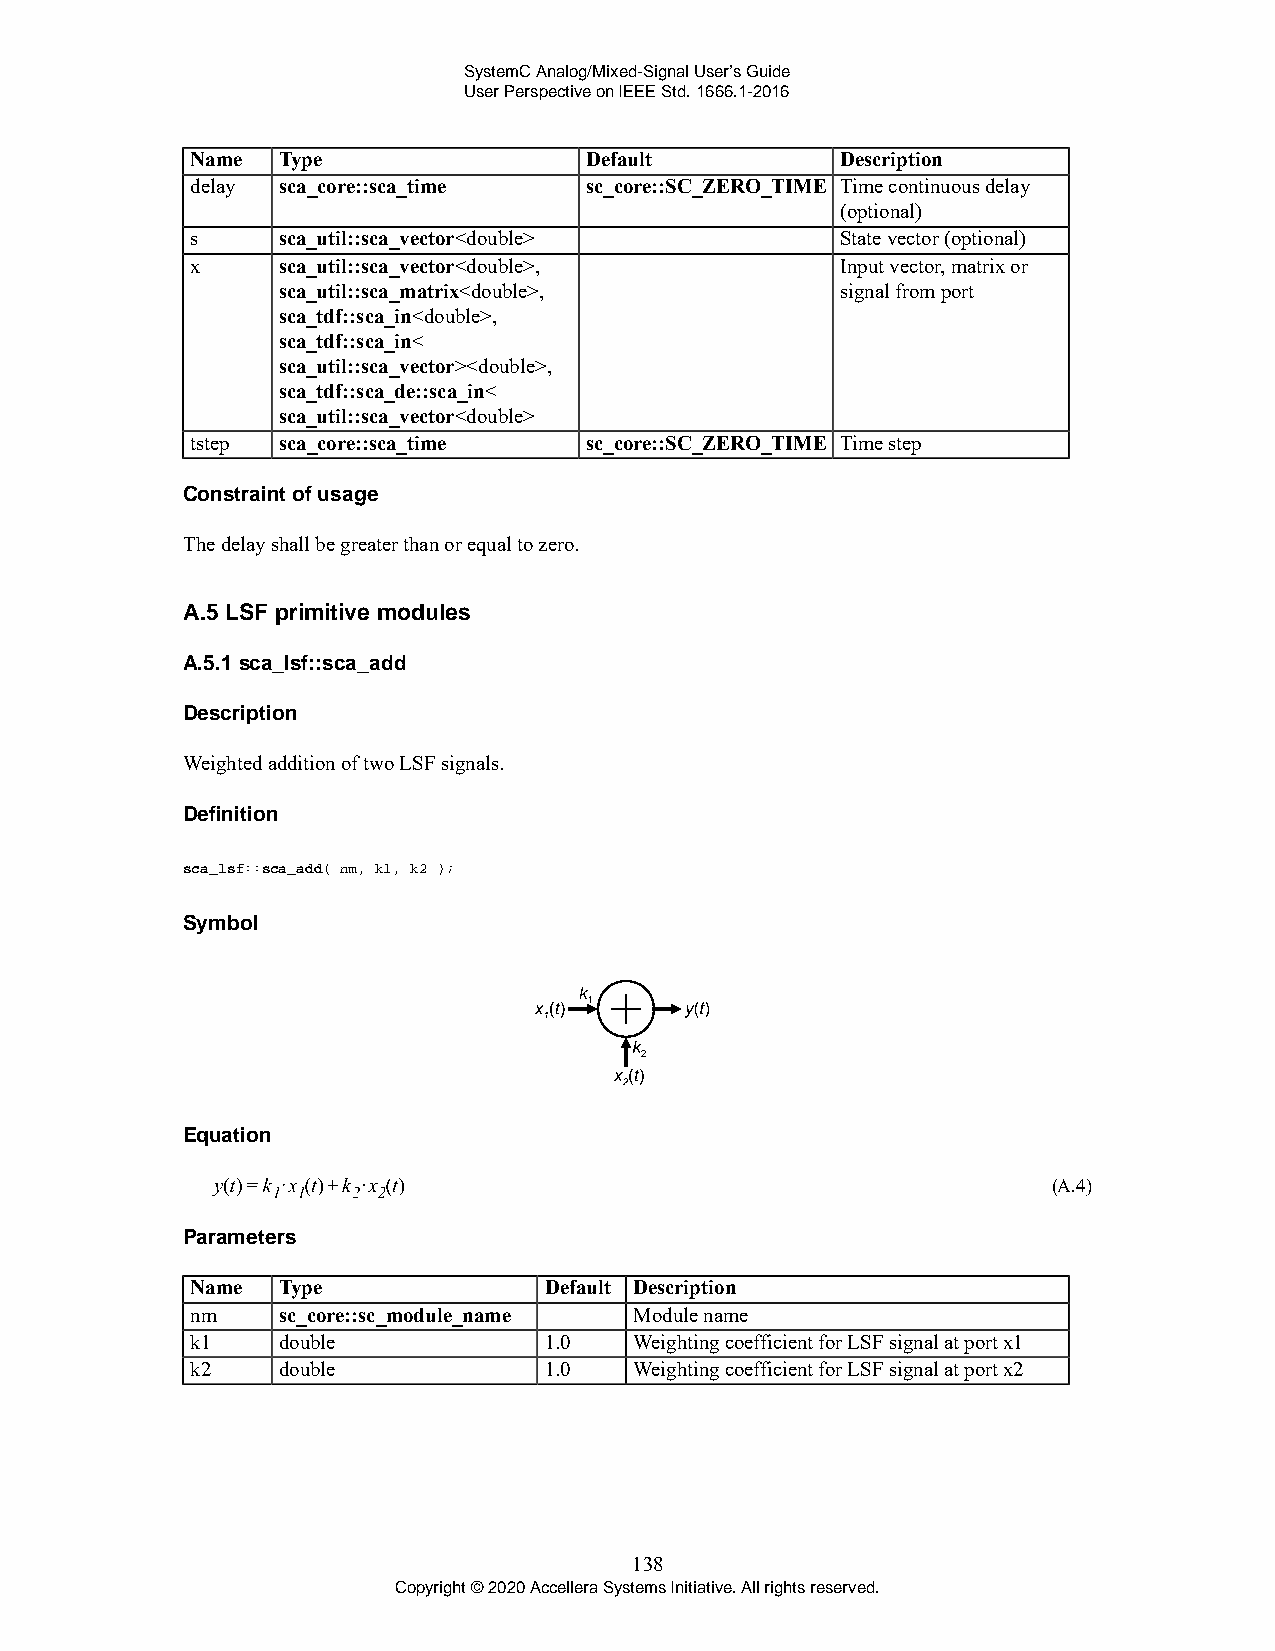
SystemC Analog/Mixed-Signal User’s Guide
 User Perspective on IEEE Std. 1666.1-2016
 Name Type                 Default          Description
 delay sca_core::sca_time  sc_core::SC_ZERO_TIME Time continuous delay
 (optional)
 s    sca_util::sca_vector<double>          State vector (optional)
 x    sca_util::sca_vector<double>,         Input vector, matrix or
 sca_util::sca_matrix<double>,         signal from port
 sca_tdf::sca_in<double>,
 sca_tdf::sca_in<
 sca_util::sca_vector><double>,
 sca_tdf::sca_de::sca_in<
 sca_util::sca_vector<double>
 tstep sca_core::sca_time  sc_core::SC_ZERO_TIME Time step
 Constraint of usage
 The delay shall be greater than or equal to zero.
 A.5 LSF primitive modules
 A.5.1 sca_lsf::sca_add
 Description
 Weighted addition of two LSF signals.
 Definition
 sca_lsf::sca_add( nm, k1, k2 );
 Symbol
 Equation
 (A.4)
 Parameters
 Name Type              Default Description
 nm   sc_core::sc_module_name Module name
 k1   double            1.0   Weighting coefficient for LSF signal at port x1
 k2   double            1.0   Weighting coefficient for LSF signal at port x2
 138
 Copyright © 2020 Accellera Systems Initiative. All rights reserved.